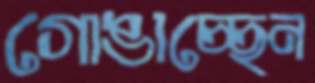
গোঙাচ্ছেন